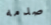
صدمه